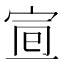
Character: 𡨈